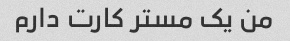
من یک مستر کارت دارم